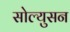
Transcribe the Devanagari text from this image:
सोल्युसन